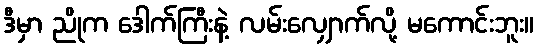
ဒီမှာ ညိုက ဒေါက်ကြီးနဲ့ လမ်းလျှောက်လို့ မကောင်းဘူး။